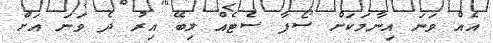
އެއް ވަނަ އިނާމަކަށް ސޯފާ ސެޓެއް ލިބޭ އިރު ދެ ވަނަ އަށް